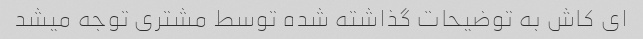
ای کاش به توضیحات گذاشته شده توسط مشتری توجه میشد